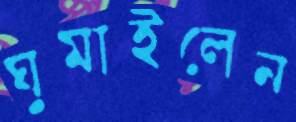
ঘুমাইলেন